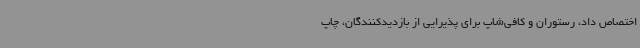
اختصاص داد، رستوران و کافی‌شاپ برای پذیرایی از بازدیدکنندگان، چاپ